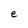
Character: e